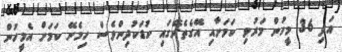
އަދި 36 މީހުން މަރުވި ކަމަށާއި އޭގެތެރޭގައި ކުޑަކުދިންވެސް ހިމެނޭ ކަމަށް އެމީހުން